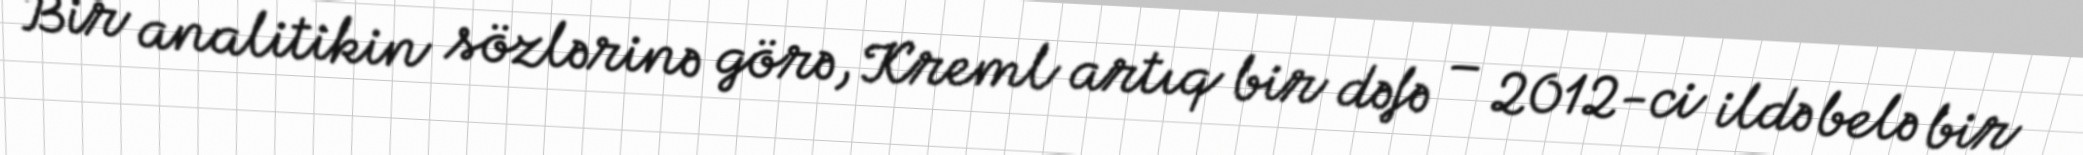
Bir analitikin sözlərinə görə, Kreml artıq bir dəfə – 2012-ci ildə belə bir